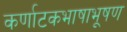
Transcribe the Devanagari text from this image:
कर्णाटकभाषाभूषण